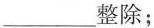
___整除；